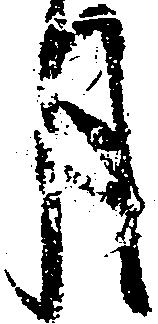
月